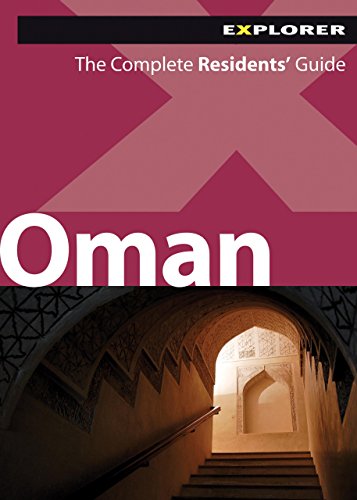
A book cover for Oman Complete Residents' Guide; Explorer Publishing; History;